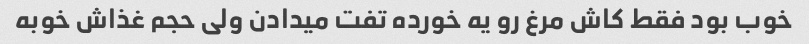
خوب بود فقط کاش مرغ رو یه خورده تفت میدادن ولی حجم غذاش خوبه